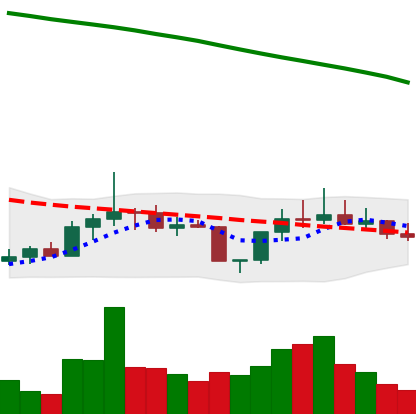
Ticker: DOGE-USD
Chart end date: 2022-08-03
Forward return: 5.831%
Label: up_5_7